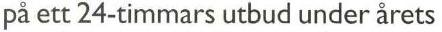
på ett 24-timmars utbud under årets